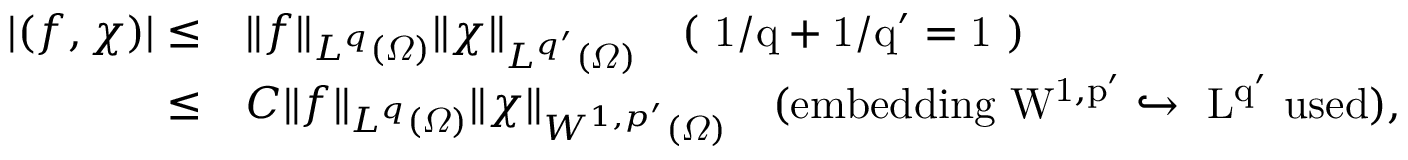
\begin{array} { r l } { | ( f , \chi ) | \leq } & { \| f \| _ { L ^ { q } ( \varOmega ) } \| \chi \| _ { L ^ { q ^ { \prime } } ( \varOmega ) } \quad \mathrm { ( ~ 1 / q + 1 / q ' = 1 ~ ) } } \\ { \leq } & { C \| f \| _ { L ^ { q } ( \varOmega ) } \| \chi \| _ { W ^ { 1 , p ^ { \prime } } ( \varOmega ) } \quad \mathrm { ( e m b e d d i n g ~ W ^ { 1 , p ' } \hookrightarrow ~ L ^ { q ' } ~ u s e d ) } , } \end{array}